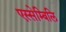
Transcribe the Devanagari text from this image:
एस्सेम्बिलि